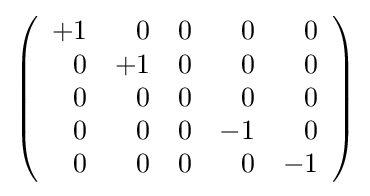
\left({\begin{array}{rrrrr}+1&0&0&0&0\\0&+1&0&0&0\\0&0&0&0&0\\0&0&0&-1&0\\0&0&0&0&-1\\\end{array}}\right)